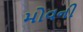
મોવની